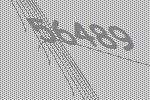
56489